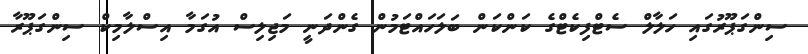
ސިންގަޕޫރުގައި ހަލާލް ސެޓްފިކެޓްގެ ކަންކަން ބަލަހައްޓަމުން ގެންދަނީ މަޖިލިސް އުގަމާ އިސްލާމިކް ސިންގަޕޫރާ